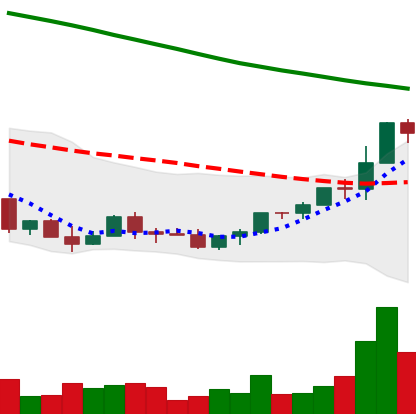
Ticker: EOS-USD
Chart end date: 2022-03-23
Forward return: 14.564%
Label: up_7plus